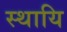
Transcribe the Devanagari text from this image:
स्थायि